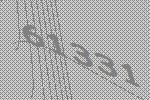
61331